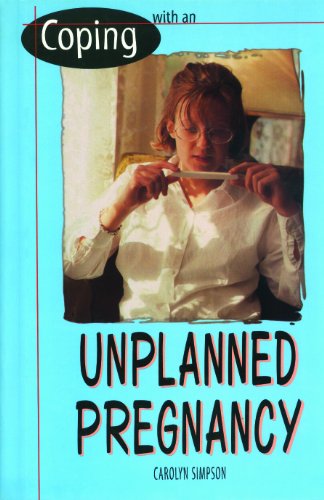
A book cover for Coping With an Unplanned Pregnancy; Carolyn Simpson; Teen & Young Adult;